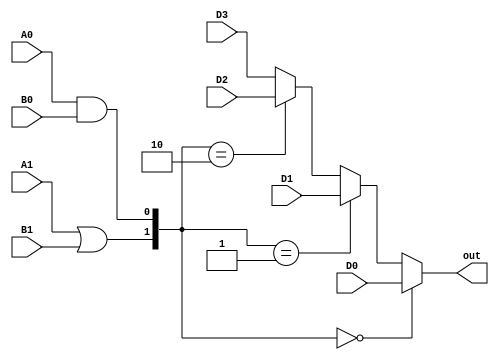
module C2(
    D0,
    D1,
    D2,
    D3,
    A0,
    A1,
    B0,
    B1,
    out
);

    input D0, D1, D2, D3, A0, A1, B0, B1;
    output out;

    wire S1 = A1 | B1;
    wire S0 = A0 & B0;

    wire [1:0] sel = {S1, S0};
    assign out =    sel == 2'b00 ? D0:
                    sel == 2'b01 ? D1:
                    sel == 2'b10 ? D2:
                    D3;
    
endmodule